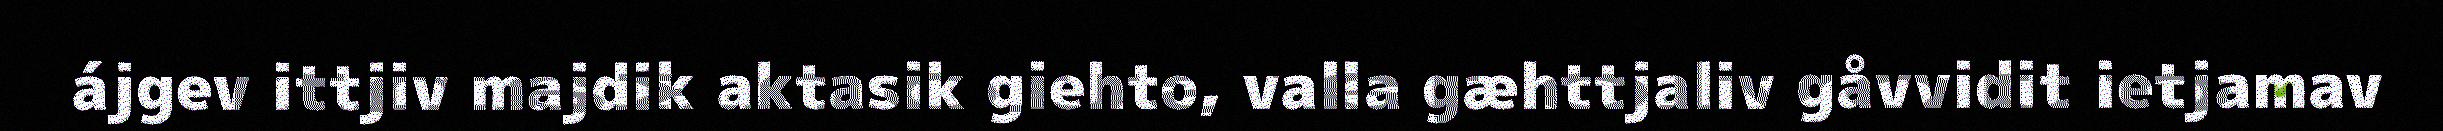
ájgev ittjiv majdik aktasik giehto, valla gæhttjaliv gåvvidit ietjamav